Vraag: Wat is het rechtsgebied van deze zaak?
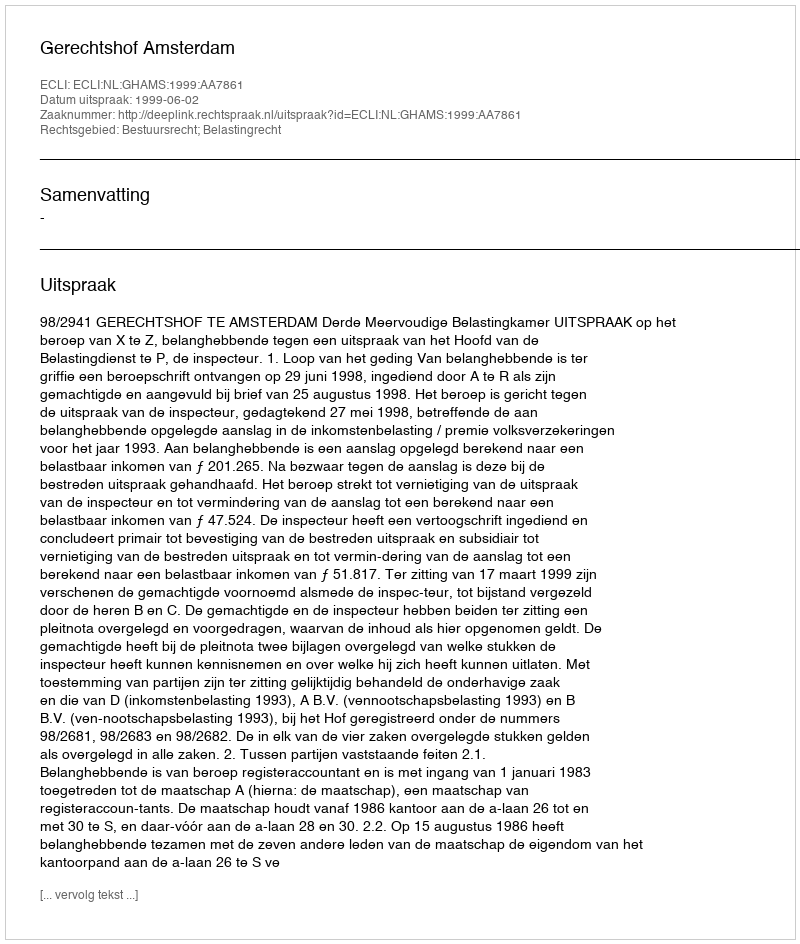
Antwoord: Bestuursrecht; Belastingrecht